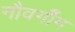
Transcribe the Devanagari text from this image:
नौवगौँग